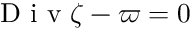
\mathrm { ~ D ~ i ~ v ~ } \boldsymbol { \zeta } - \varpi = 0